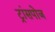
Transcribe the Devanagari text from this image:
ट्रांसपोज